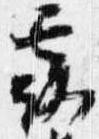
露